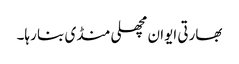
بھارتی ایوان مچھلی منڈی بنا رہا۔